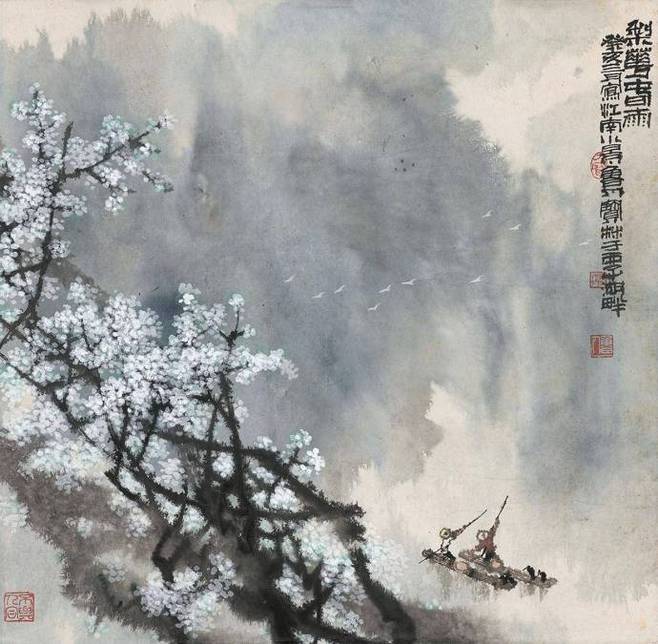
梨花风起正清明，游子寻春半出城。